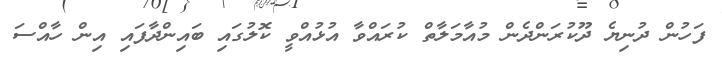
ފަހުން ދުނިޔެ ދޫކުރަންދެން މުއާމަލާތް ކުރައްވާ އުޅުއްވީ ކޮލުގައި ބައިންދާފައި އިން ހާއްސަ